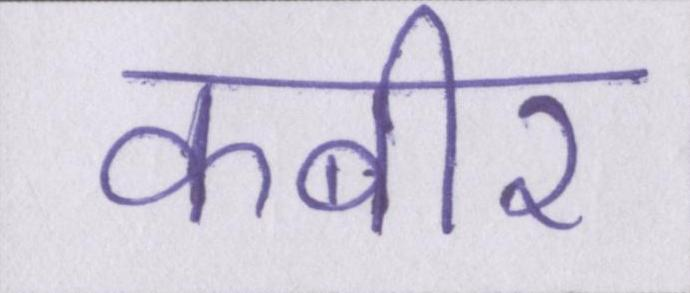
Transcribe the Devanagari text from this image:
कबीर